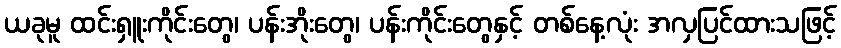
ယခုမူ ထင်းရှူးကိုင်းတွေ၊ ပန်းအိုးတွေ၊ ပန်းကိုင်းတွေနှင့် တစ်နေ့လုံး အလှပြင်ထားသဖြင့်